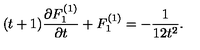
( t + 1 ) { \frac { \partial F _ { 1 } ^ { ( 1 ) } } { \partial t } } + F _ { 1 } ^ { ( 1 ) } = - { \frac { 1 } { 1 2 t ^ { 2 } } } .